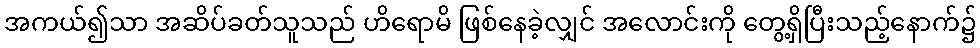
အကယ်၍သာ အဆိပ်ခတ်သူသည် ဟိရောမိ ဖြစ်နေခဲ့လျှင် အလောင်းကို တွေ့ရှိပြီးသည့်နောက်၌